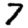
Digit: 7